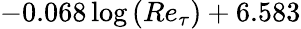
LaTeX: -0.068\log{\left(Re_{\tau}\right)}+6.583